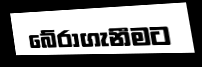
බේරාගැනීමට